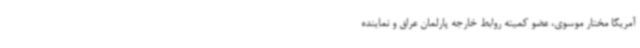
آمریکا مختار موسوی، عضو کمیته روابط خارجه پارلمان عراق و نماینده